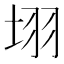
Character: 𭎛